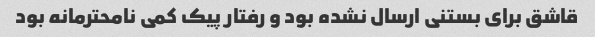
قاشق برای بستنی ارسال نشده بود و رفتار پیک کمی نامحترمانه بود